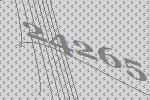
24265